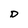
Character: D